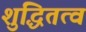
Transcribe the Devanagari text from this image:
शुद्धितत्व